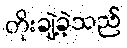
တိုးချဲ့ခဲ့သည်